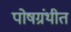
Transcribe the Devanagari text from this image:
पोषग्रंथीत